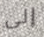
إلى